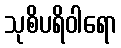
သုစိပရိဝါရော